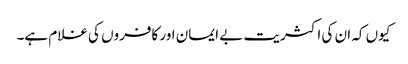
کیوں کہ ان کی اکثریت بے ایمان اور کافروں کی غلام ہے۔